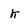
Character: k